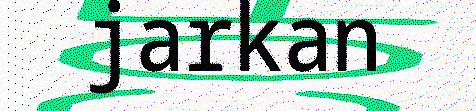
jarkan